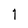
Character: 1